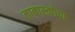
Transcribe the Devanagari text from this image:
ताबास्कोचा